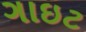
ગાઇટ